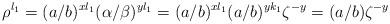
LaTeX: \begin{align*} \rho^{l_1}=(a/b)^{xl_1}(\alpha/\beta)^{yl_1}=(a/b)^{xl_1}(a/b)^{yk_1}\zeta^{-y}=(a/b)\zeta^{-y}\end{align*}